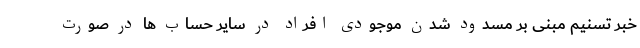
خبر تسنیم مبنی بر مسدود شدن موجودی افراد در سایر حساب ها در صورت